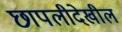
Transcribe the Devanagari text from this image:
छापलीदेखील